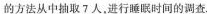
的方法从中抽取7人，进行睡眠时间的调查。